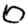
Digit: 0